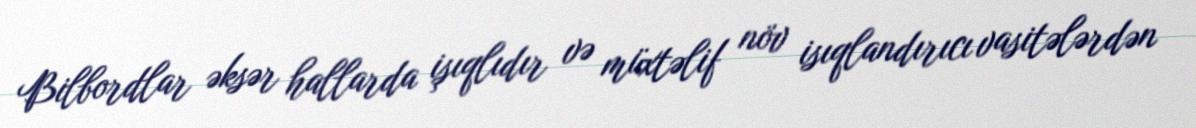
Bilbordlar əksər hallarda işıqlıdır və müxtəlif növ isıqlandırıcı vasitələrdən